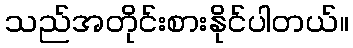
သည်အတိုင်းစားနိုင်ပါတယ်။